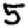
Digit: 5